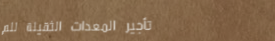
تأجير المعدات الثقيلة للم